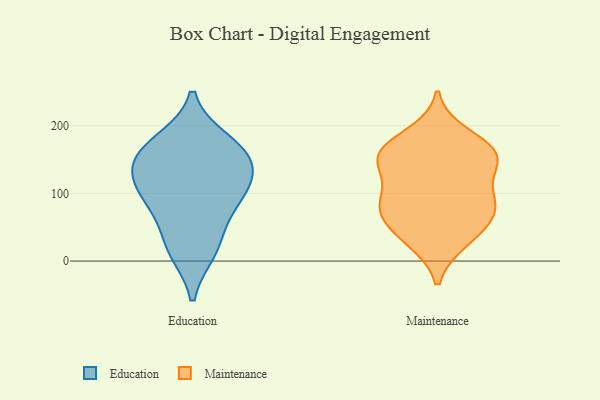
{"axis": {"x": "LTV (USD)", "y": "Value"}, "legend": ["Education", "Maintenance"], "data": [{"x": "", "y": 16, "type": "Education"}, {"x": "", "y": 120, "type": "Education"}, {"x": "", "y": 156, "type": "Education"}, {"x": "", "y": 163, "type": "Education"}, {"x": "", "y": 112, "type": "Education"}, {"x": "", "y": 91, "type": "Education"}, {"x": "", "y": 145, "type": "Education"}, {"x": "", "y": 176, "type": "Education"}, {"x": "", "y": 26, "type": "Education"}, {"x": "", "y": 81, "type": "Education"}, {"x": "", "y": 85, "type": "Maintenance"}, {"x": "", "y": 68, "type": "Maintenance"}, {"x": "", "y": 97, "type": "Maintenance"}, {"x": "", "y": 187, "type": "Maintenance"}, {"x": "", "y": 136, "type": "Maintenance"}, {"x": "", "y": 157, "type": "Maintenance"}, {"x": "", "y": 144, "type": "Maintenance"}, {"x": "", "y": 162, "type": "Maintenance"}, {"x": "", "y": 29, "type": "Maintenance"}, {"x": "", "y": 57, "type": "Maintenance"}, {"x": "", "y": 77, "type": "Maintenance"}, {"x": "", "y": 162, "type": "Maintenance"}, {"x": "", "y": 90, "type": "Maintenance"}, {"x": "", "y": 157, "type": "Maintenance"}, {"x": "", "y": 32, "type": "Maintenance"}]}